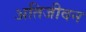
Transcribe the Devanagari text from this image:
अतिजीवन